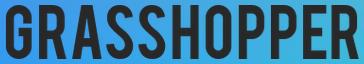
GRASSHOPPER